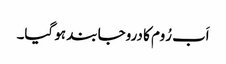
اَب رُوم کا دروجا بند ہو گیا۔